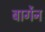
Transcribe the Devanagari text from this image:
बार्गेन